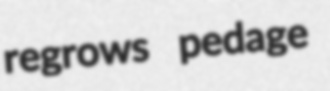
regrows pedage